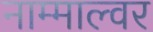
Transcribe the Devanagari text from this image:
नाम्माल्वर